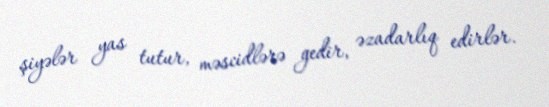
şiyələr yas tutur, məscidlərə gedir, əzadarlıq edirlər.